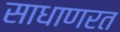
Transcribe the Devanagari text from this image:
साधाणरत